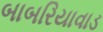
બાબરિયાવાડ